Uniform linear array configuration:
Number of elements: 32
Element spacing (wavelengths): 0.25
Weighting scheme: blackman
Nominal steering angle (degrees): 60
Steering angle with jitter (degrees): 58.455
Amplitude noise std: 0.05
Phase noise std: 0.05

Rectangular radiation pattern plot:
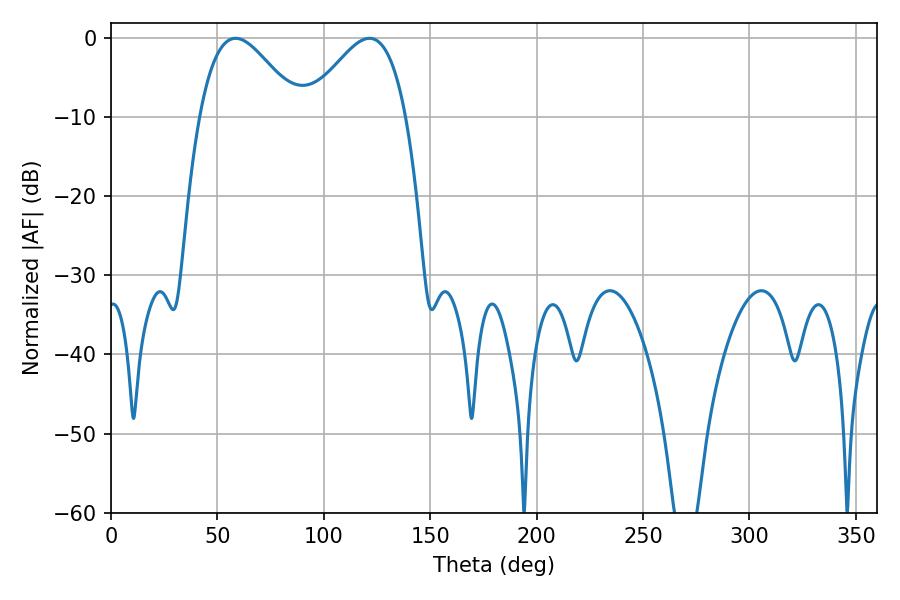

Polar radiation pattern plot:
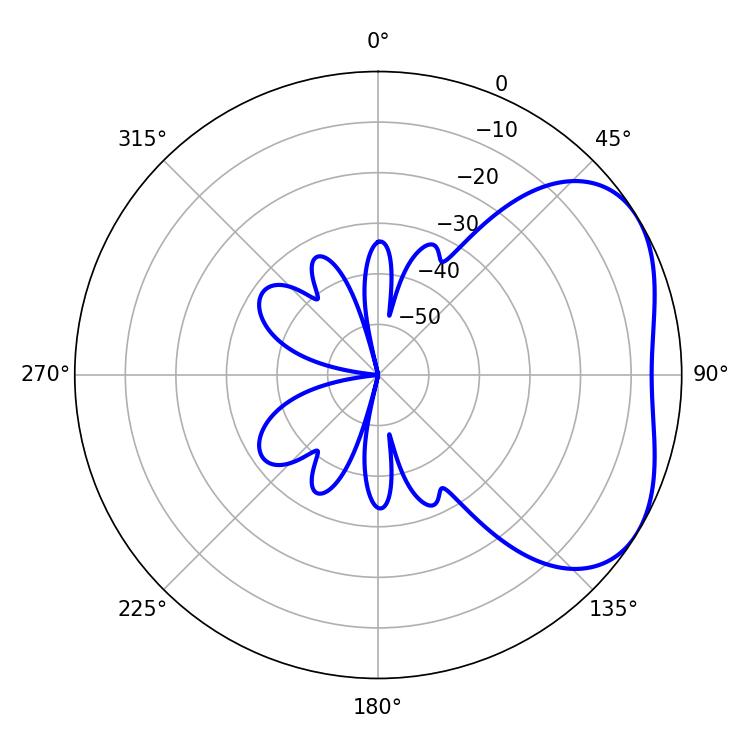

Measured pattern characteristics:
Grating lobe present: FALSE
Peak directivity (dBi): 3.733
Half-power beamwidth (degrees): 25.02
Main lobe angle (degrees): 58.5